Papers set at the Examination for Leaving Certificates, 1894
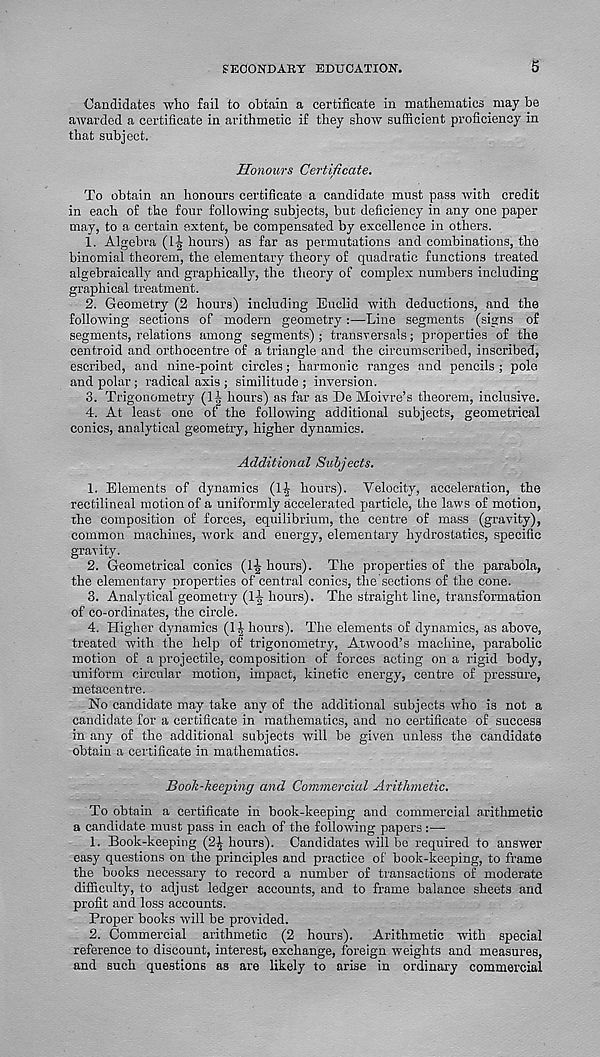
SECONDARY EDUCATION.
5
Candidates who fail to obtain a certificate in mathematics may be
awarded a certificate in arithmetic if they show sufficient proficiency in
that subject.
Honours Certificate.
To obtain an honours certificate a candidate must pass with credit
in each of the four following subjects, but deficiency in any one paper
may, to a certain extent, be compensated by excellence in others.
1. Algebra (l^ hours) as far as permutations and combinations, the
binomial theorem, the elementary theory of quadratic functions treated
algebraically and graphically, the theory of complex numbers including
graphical treatment.
2. Geometry (2 hours) including Euclid with deductions, and the
following sections of modern geometry:—Line segments (signs of
segments, relations among segments) ; transversals; properties of the
centroid and orthocentre of a triangle and the circumscribed, inscribed,
escribed, and nine-point circles; harmonic ranges and pencils ; pole
and polar; radical axis ; similitude; inversion.
3. Trigonometry (11 hours) as far as De Moivre’s theorem, inclusive.
4. At least one of the following additional subjects, geometrical
conics, analytical geometry, higher dynamics.
Additional Subjects.
1. Elements of dynamics (1^ hours). Velocity, acceleration, the
rectilineal motion of a uniformly accelerated particle, the laws of motion,
the composition of forces, equilibrium, the centre of mass (gravity),
common machines, work and energy, elementary hydrostatics, specific
gravity.
2. Geometrical conics (1^ hours). The properties of the parabola,
the elementary properties of central conics, the sections of the cone.
3. Analytical geometry (1J hours). The straight line, transformation
of co-ordinates, the circle.
4. Higher dynamics (labours). The elements of dynamics, as above,
treated with the help of trigonometry, Atwood’s machine, parabolic
motion of a projectile, composition of forces acting on a rigid body,
uniform circular motion, impact, kinetic energy, centre of pressure,
metacentre.
No candidate may take any of the additional subjects who is not a
candidate for a certificate in mathematics, and no certificate of success
in any of the additional subjects will be given unless the candidate
obtain a certificate in mathematics.
Book-keeping and Commercial Arithmetic.
To obtain a certificate in book-keeping and commercial arithmetic
a candidate must pass in each of the following papers :•—
1. Book-keeping (2J hours). Candidates will be required to answer
easy questions on the principles and practice of book-keeping, to frame
the books necessary to record a number of transactions of moderate
difficulty, to adjust ledger accounts, and to frame balance sheets and
profit and loss accounts.
Proper books will be provided.
2. Commercial arithmetic (2 hours). Arithmetic with special
reference to discount, interest, exchange, foreign weights and measures,
and such questions as are likely to arise in ordinary commercial